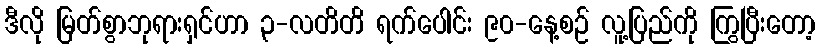
ဒီလို မြတ်စွာဘုရားရှင်ဟာ ၃-လတိတိ ရက်ပေါင်း ၉၀-နေ့စဉ် လူ့ပြည်ကို ကြွပြီးတော့